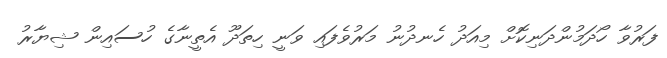
ފަރުވާ ހޯދަމުންދަނިކޮށް މިއަދު ހެނދުނު މަރުވެފައި ވަނީ ހިތަދޫ އެތީނާގެ ހުސައިން ޝިޔާރު